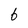
Character: b